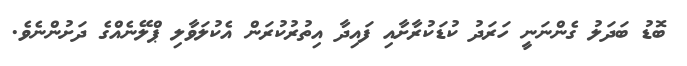
ބޮޑު ބަދަލު ގެންނަނީ ހަރަދު ކުޑަކުރާށާއި ފައިދާ އިތުރުކުރަން އެކުލަވާލި ޕްލޭނެއްގެ ދަށުންނެވެ.